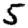
Digit: 5